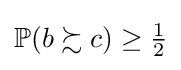
\mathbb {P} (b\succsim c)\geq {\tfrac {1}{2}}